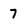
Character: 7